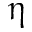
\boldsymbol \upeta